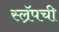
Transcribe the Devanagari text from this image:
स्ल्रॅपची